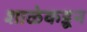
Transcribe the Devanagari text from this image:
शाळेकडून